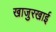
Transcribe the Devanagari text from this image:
खाजुरखाई